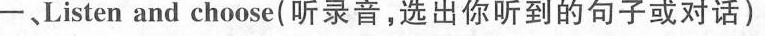
一、Listen and choose( 听录音,选出你听到的句子或对话)